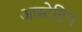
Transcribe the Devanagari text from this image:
आस्टेटिन